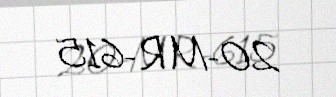
20-MR-615